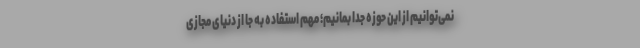
نمی‌توانیم از این حوزه جدا بمانیم؛ مهم استفاده به جا از دنیای مجازی